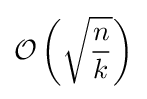
{\mathcal {O}}\left({\sqrt {\frac {n}{k}}}\right)